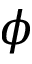
\phi